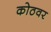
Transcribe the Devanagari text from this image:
कोठवर